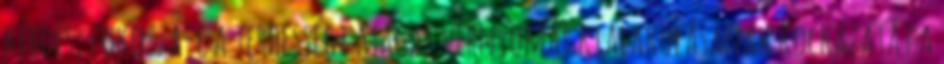
kérdés, fokozza-e a terhességi magas vérnyomás kialakulásának kockázatát a